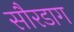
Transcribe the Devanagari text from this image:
सौरडाग